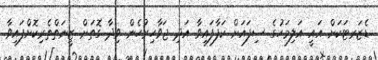
ޑެޒަރޓަކަށް އައީ އަލިމަހުގެ ސިފައަށް ކަފާފައިވާ އަދި ޖަވާހިރުހެން ވިދާ ގޮތަށް ޒީނަތްތެރިކޮށްފައިވާ